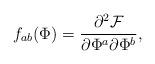
LaTeX: \begin{align*}f_{ab}(\Phi) = \frac {\partial ^{2}{\cal F}}{\partial \Phi ^{a} \partial \Phi^{b}},\end{align*}